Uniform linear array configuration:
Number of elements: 4
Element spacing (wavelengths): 1
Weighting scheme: exponential
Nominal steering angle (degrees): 60
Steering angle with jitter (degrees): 61.344
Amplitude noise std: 0.05
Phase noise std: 0.05

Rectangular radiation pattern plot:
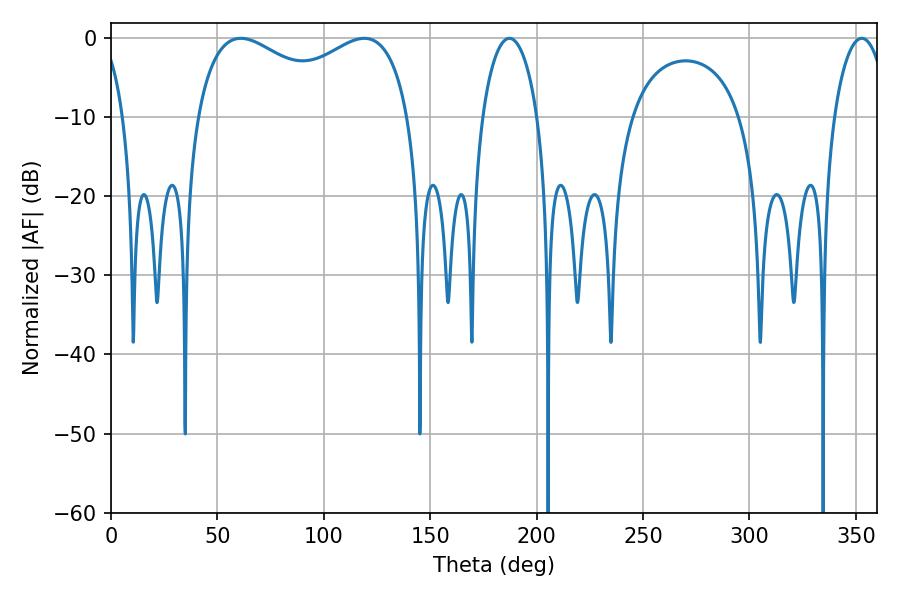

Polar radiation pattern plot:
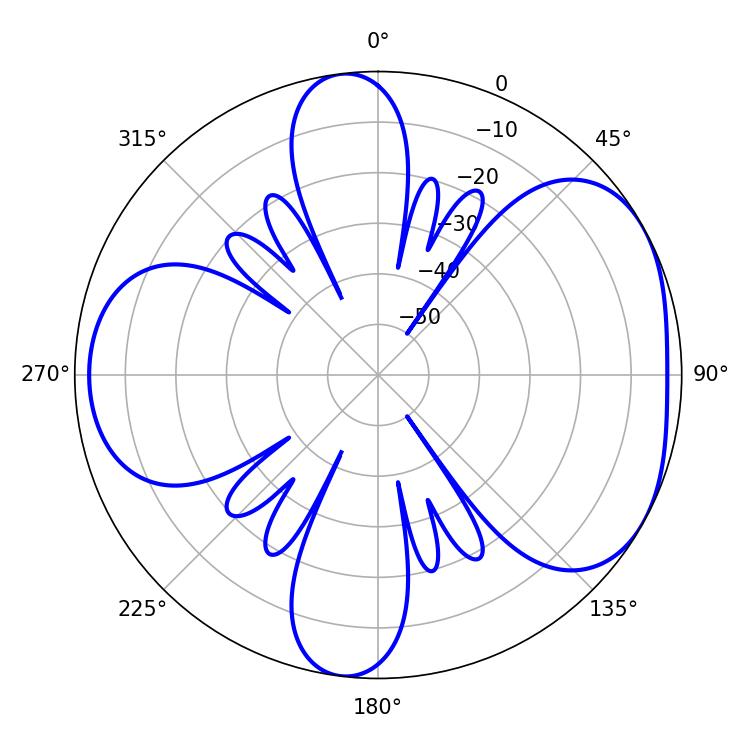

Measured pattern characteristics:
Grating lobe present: TRUE
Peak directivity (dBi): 4.732
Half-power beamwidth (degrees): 14.76
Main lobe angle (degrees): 187.2